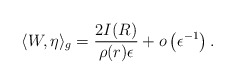
\begin{align*}\langle W, \eta \rangle_g &= \frac{2 I(R)}{\rho(r)\epsilon} + o\left(\epsilon^{-1}\right).\end{align*}